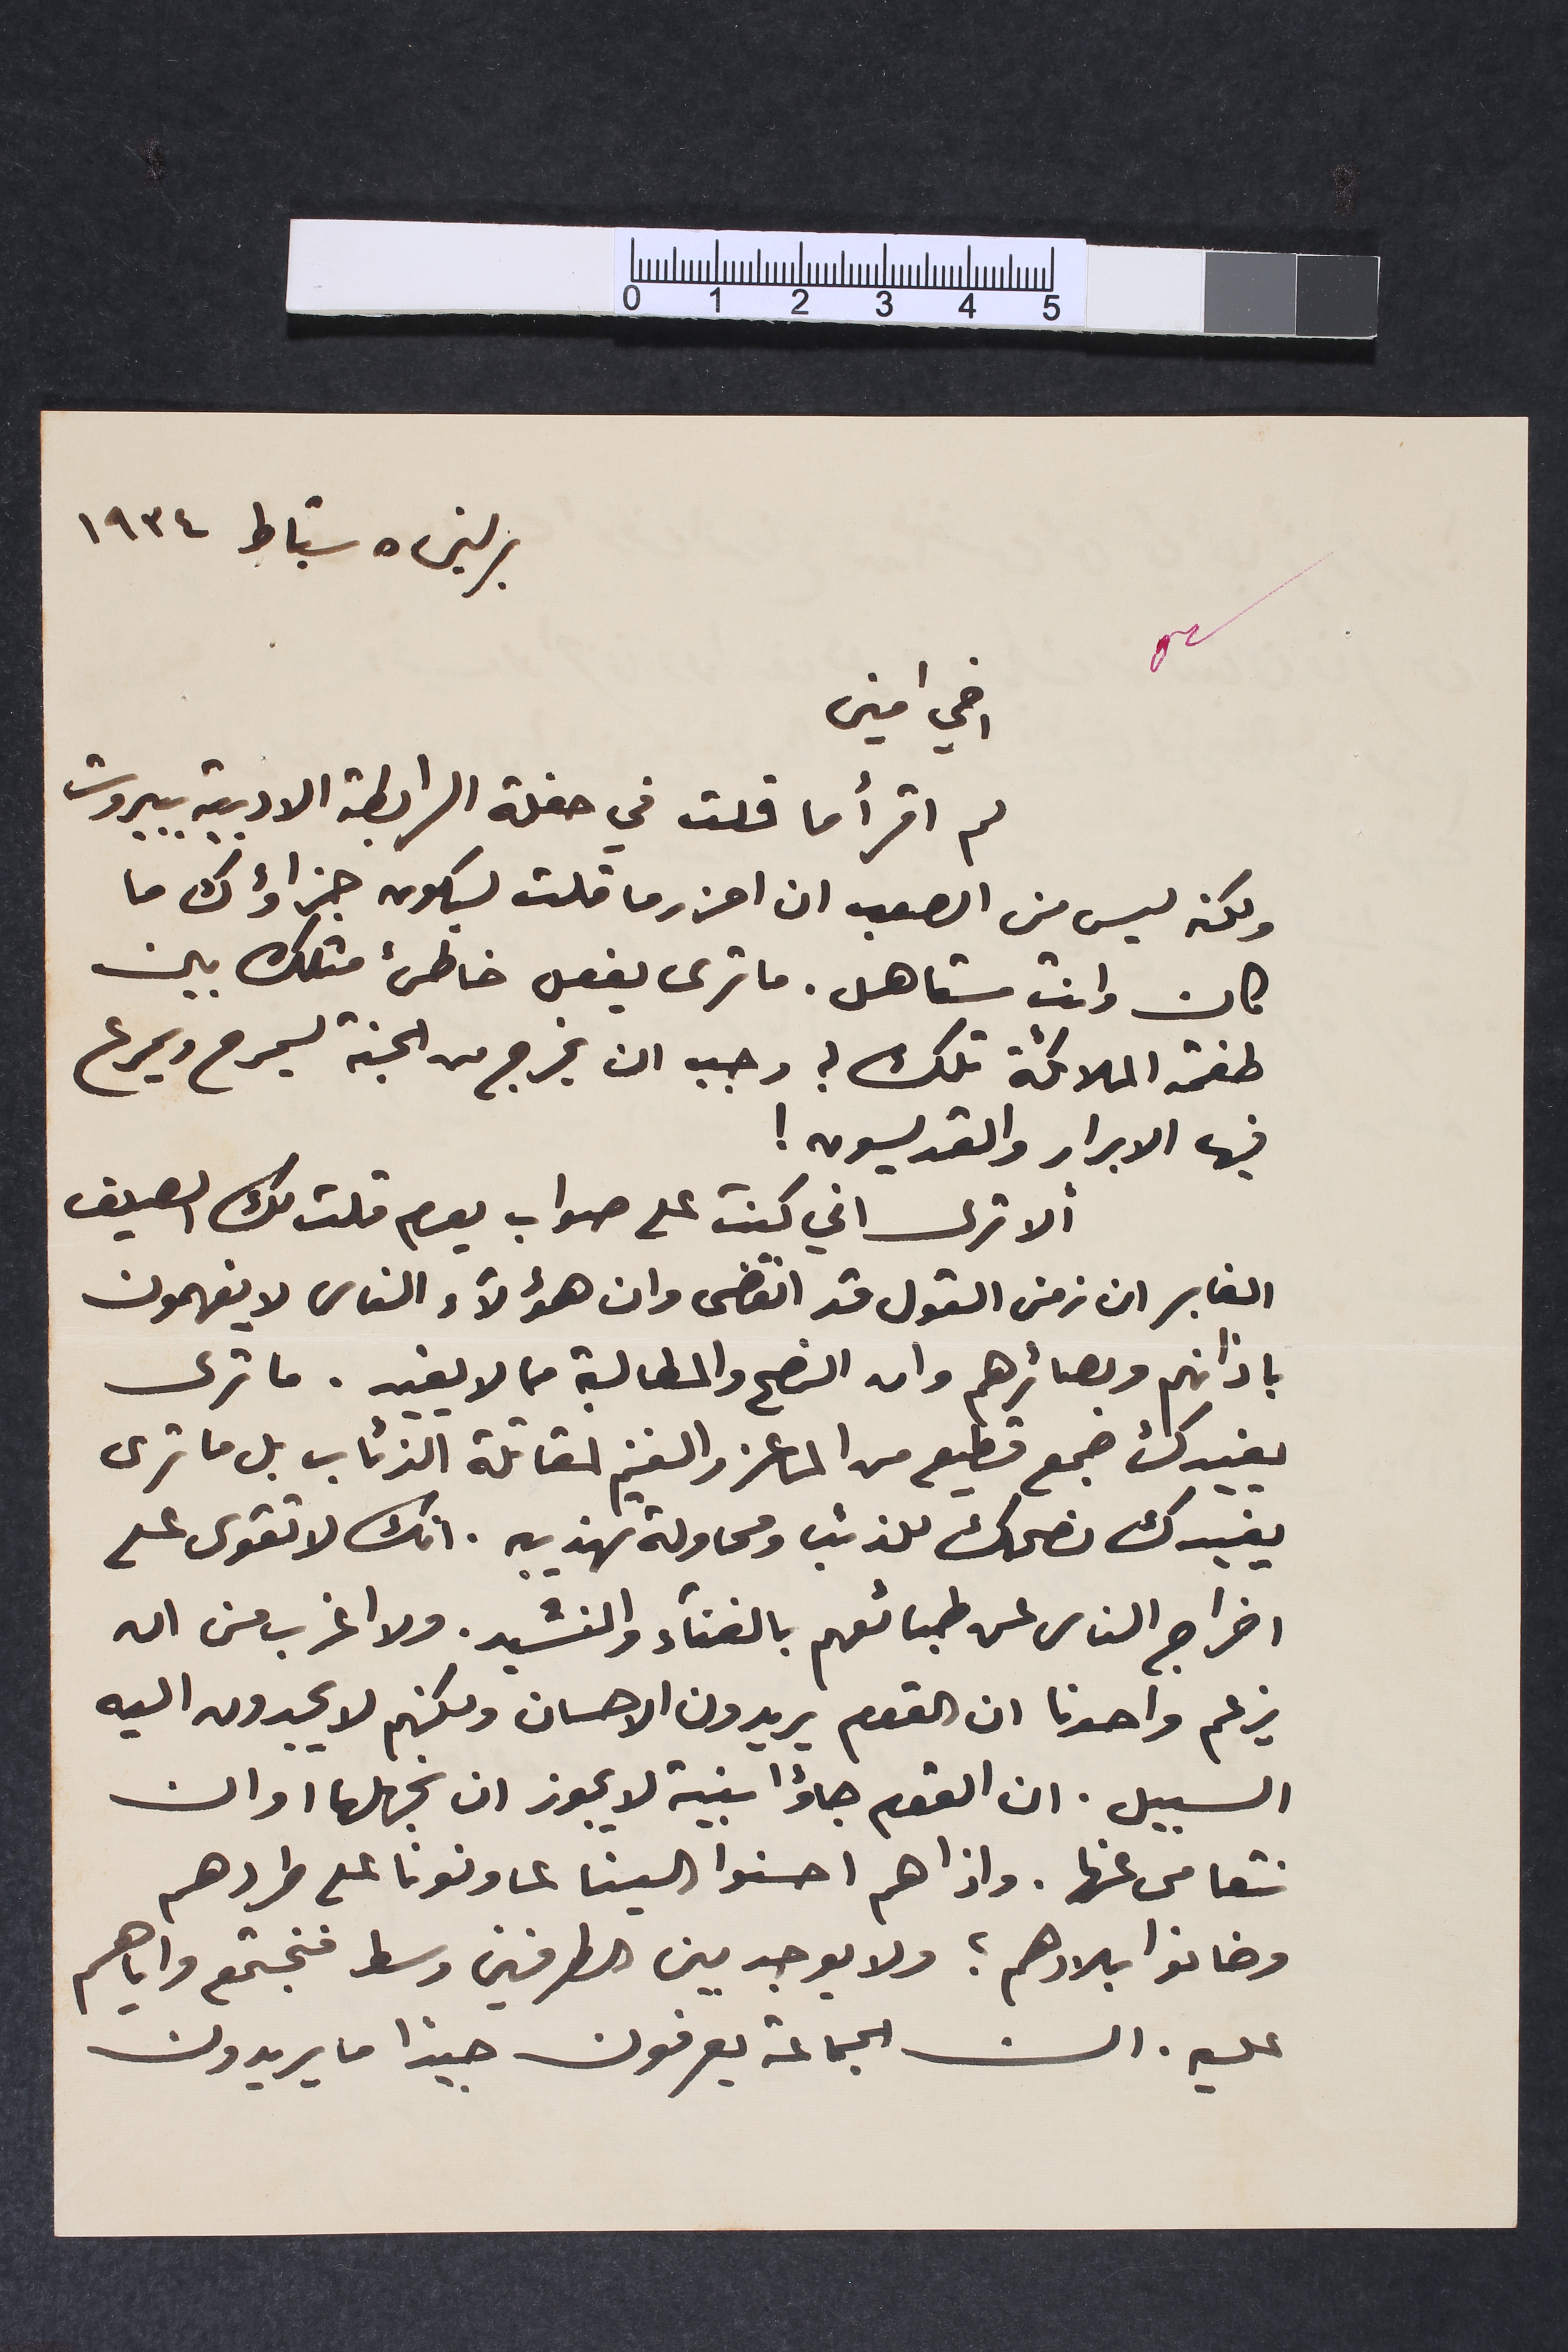
برلين 5 شباط 1934
اخي امين
لم اقرأ ما قلت في حفلة الرابطة الادبية ببيروت
ولكنه ليس من الصعب ان احزر ما قلت ليكون جزاؤك ما
كان وانت مستاهل. ما ترى يفعل خاطىء مثلك بين
طغمة الملائكة تلك؟ وجب ان يخرج من الجنة ليسرح ويمرح
فيها الابرار والقديسون!
ألا ترى اني كنت على صواب يوم قلت لك الصيف
الغابر ان زمن القول قد انقضى وان هؤلاء الناس لا يفهمون
باذانهم وبصائرهم وان النصح والمطالبة مما لا يفيد. ما ترى
يفيدك جمع قطيع من الماعز والغنم لمقاتلة الذئاب بل ما ترى
يفيدك نصحك للذئب ومحاولة تهذيبه. انك لا تقوى على
اخراج الناس عن طبائعهم بالغناء والنشيد. ولا اغرب من ان
يزعم واحدنا ان القوم يريدون الاحسان ولكنهم لا يجدون اليه
السبيل. ان القوم جاؤا بنية لا يجوز ان نجهلها او ان
نتعامى عنها. واذا هم احسنوا الينا عاونونا على طردهم
وخانوا بلادهم؟ ولا يوجد بين الطرفين وسط فنجتمع واياهم
عليه. ان الجماعة يعرفون جيداً ما يريدون